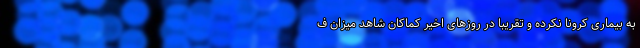
به بیماری کرونا نکرده و تقریبا در روزهای اخیر کماکان شاهد میزان ف